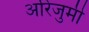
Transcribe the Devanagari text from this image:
अरिजुमी